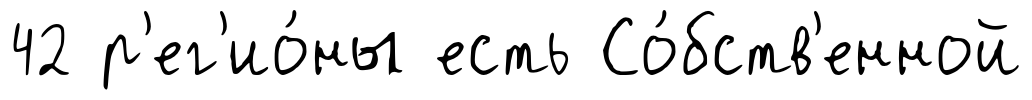
42 р'ег'ио́ны есть Со́бств'енной